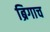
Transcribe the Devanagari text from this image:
ब्रिगाच